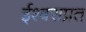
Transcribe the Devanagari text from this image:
ईश्वराप्रत